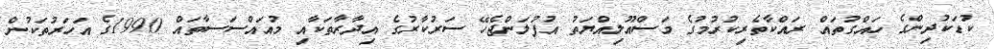
ކުޑަކުދިންގެ ހައްގުތައް ރައްކާތެރިކުރުމުގެ މަސްއޫލިއްޔަތު އުފުލަންޖެހޭ ސަރުކާރުގެ އިދާރާތަކާއި މުއައްސަސާތައް 1990ގެ އަހަރުތަކުން